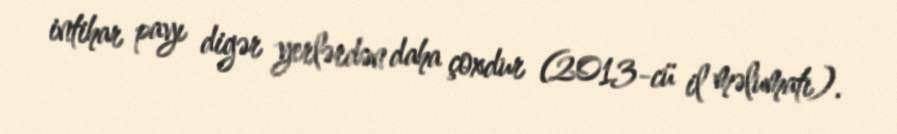
intihar payı digər yerlərdən daha çoxdur (2013-cü il məlumatı).